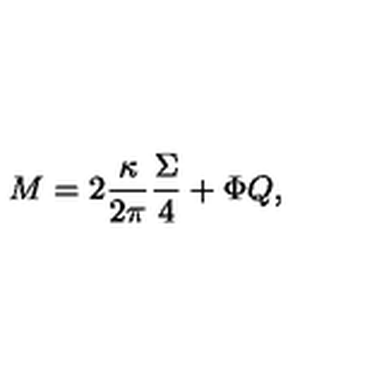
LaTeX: M = 2 \frac { \kappa } { 2 \pi } \frac { \Sigma } { 4 } + \Phi Q ,